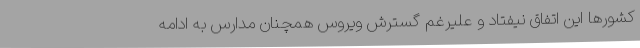
کشورها این اتفاق نیفتاد و علیرغم گسترش ویروس همچنان مدارس به ادامه